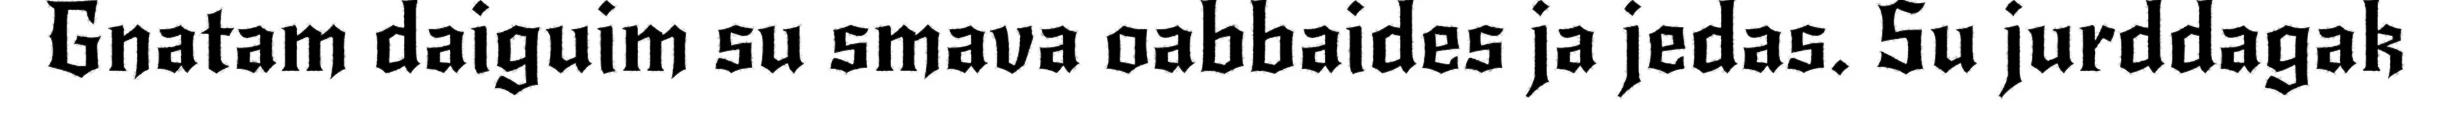
Gnatam daiguim su smava oabbaides ja jedas. Su jurddagak